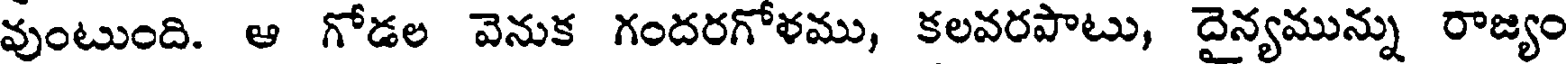
వుంటుంది. ఆ గోడల వెనుక గందరగోళము, కలవరపాటు, దైన్యమున్ను రాజ్యం